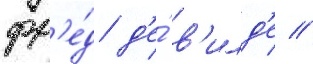
фр'е́д д'е́ в'илд'е //